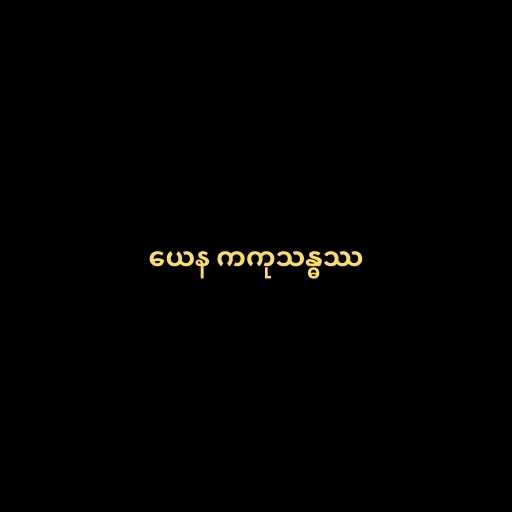
ယေန ကကုသန္ဓဿ